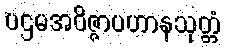
ပဌမအဝိဇ္ဇာပဟာနသုတ္တံ